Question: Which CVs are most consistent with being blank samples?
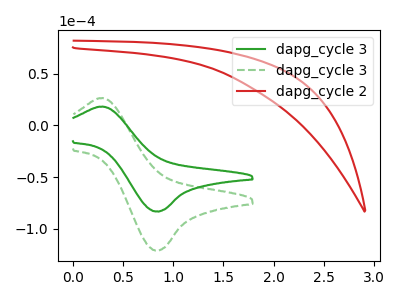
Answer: <think>The green curve "dapg_cycle 3" has an anodic peak at (0.30V, 18.15uA) and a cathodic peak at (0.85V, -83.25uA). The green dashed curve "dapg_cycle 3" has an anodic peak at (0.30V, 26.40uA) and a cathodic peak at (0.85V, -121.05uA). The red curve "dapg_cycle 2" has no peaks.</think>
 <answer>"dapg_cycle 2" is likely to be a blank.</answer>
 <eval>dapg_cycle 2</eval>